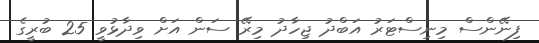
ފިނޭންސް މިނިސްޓަރު އަބްދު ޖިހާދު މިރޭ ސަން އަށް ވިދާޅުވީ 25 ބުރީގެ